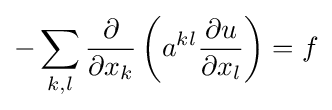
-\sum _{k,l}{\frac {\partial }{\partial x_{k}}}\left(a^{kl}{\frac {\partial u}{\partial x_{l}}}\right)=f